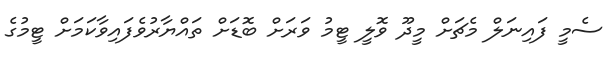
ސެމީ ފައިނަލް މެޗަށް މީދޫ ވޮލީ ޓީމު ވަރަށް ބޮޑަށް ތައްޔާރުވެފައިވާކަމަށް ޓީމުގެ